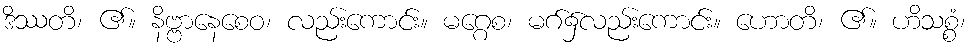
ဒိဿတိ၊ ၏။ နိဗ္ဗာနေစေဝ၊ လည်းကောင်း။ မဂ္ဂေစ၊ မဂ်၌လည်းကောင်း။ ဟောတိ၊ ၏။ ဟိသစ္စံ၊